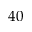
4 0